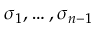
\sigma _ { 1 } , \ldots , \sigma _ { n - 1 }